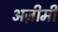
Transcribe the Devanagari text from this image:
अज़ीमी